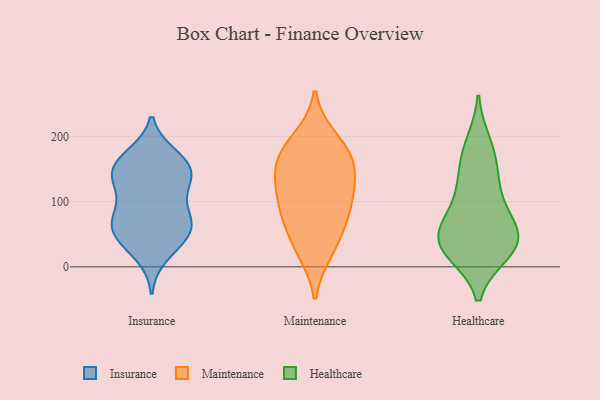
{"axis": {"x": "Gross Profit (USD K)", "y": "Value"}, "legend": ["Healthcare", "Insurance", "Maintenance"], "data": [{"x": "", "y": 123, "type": "Insurance"}, {"x": "", "y": 49, "type": "Insurance"}, {"x": "", "y": 44, "type": "Insurance"}, {"x": "", "y": 47, "type": "Insurance"}, {"x": "", "y": 76, "type": "Insurance"}, {"x": "", "y": 18, "type": "Insurance"}, {"x": "", "y": 163, "type": "Insurance"}, {"x": "", "y": 77, "type": "Insurance"}, {"x": "", "y": 70, "type": "Insurance"}, {"x": "", "y": 164, "type": "Insurance"}, {"x": "", "y": 57, "type": "Insurance"}, {"x": "", "y": 133, "type": "Insurance"}, {"x": "", "y": 94, "type": "Insurance"}, {"x": "", "y": 170, "type": "Insurance"}, {"x": "", "y": 143, "type": "Insurance"}, {"x": "", "y": 143, "type": "Insurance"}, {"x": "", "y": 141, "type": "Insurance"}, {"x": "", "y": 95, "type": "Maintenance"}, {"x": "", "y": 94, "type": "Maintenance"}, {"x": "", "y": 23, "type": "Maintenance"}, {"x": "", "y": 186, "type": "Maintenance"}, {"x": "", "y": 168, "type": "Maintenance"}, {"x": "", "y": 31, "type": "Maintenance"}, {"x": "", "y": 148, "type": "Maintenance"}, {"x": "", "y": 137, "type": "Maintenance"}, {"x": "", "y": 64, "type": "Maintenance"}, {"x": "", "y": 160, "type": "Maintenance"}, {"x": "", "y": 124, "type": "Maintenance"}, {"x": "", "y": 81, "type": "Maintenance"}, {"x": "", "y": 197, "type": "Maintenance"}, {"x": "", "y": 190, "type": "Healthcare"}, {"x": "", "y": 52, "type": "Healthcare"}, {"x": "", "y": 23, "type": "Healthcare"}, {"x": "", "y": 117, "type": "Healthcare"}, {"x": "", "y": 21, "type": "Healthcare"}, {"x": "", "y": 68, "type": "Healthcare"}, {"x": "", "y": 148, "type": "Healthcare"}, {"x": "", "y": 62, "type": "Healthcare"}, {"x": "", "y": 120, "type": "Healthcare"}, {"x": "", "y": 69, "type": "Healthcare"}, {"x": "", "y": 35, "type": "Healthcare"}, {"x": "", "y": 31, "type": "Healthcare"}, {"x": "", "y": 175, "type": "Healthcare"}, {"x": "", "y": 30, "type": "Healthcare"}]}